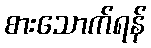
စားသောက်ရန်